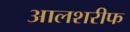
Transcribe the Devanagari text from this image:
आलशरीफ